Medical and sanitary report on the native army of Bombay for the year
Year: 1877
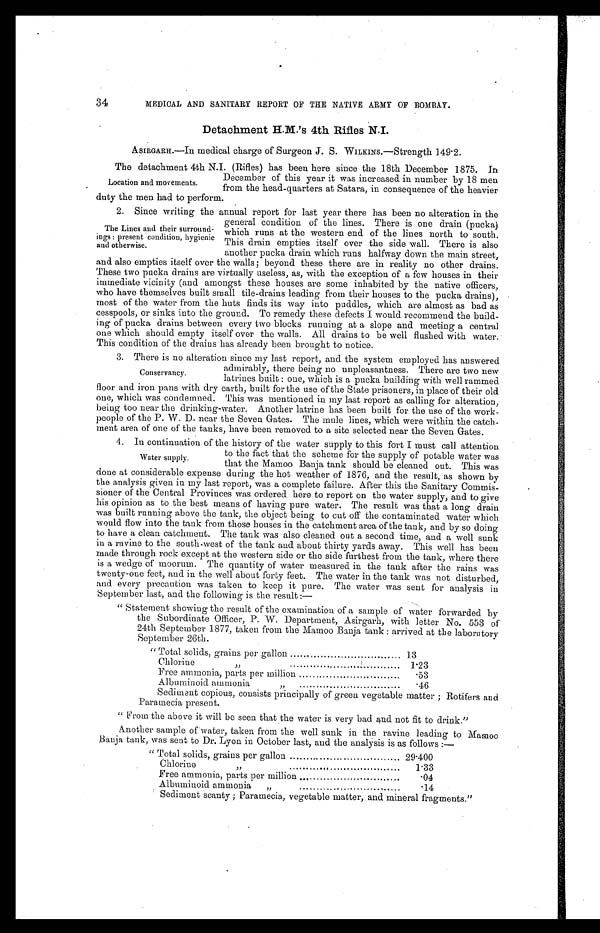
34
MEDICAL AND SANITARY REPORT OF THE NATIVE ARMY OF BOMBAY.
Detachment H.M.' 4th Rifles N.I.
ASIRGARH.—In medical charge of burgeon J. b. WILKINS.—Strength 149.2.
The detachment 4th N.I. (Rifles) has been here since the 18th December 1875. In
December of this year it was increased in number by 18 men
from the head-quarters at Satara, in consequence of the heavier
duty the men had to perform.
2. Since writing the annual report for last year there has been no alteration in the
general condition of the lines. There is one drain (pucka)
which runs at the western end of the lines north to south.
This drain empties itself over the side wall. There is also
another pucka drain which runs halfway down the main street,
and also empties itself over the walls; beyond these there are in reality no other drains.
These two pucka drains are virtually useless, as, with the exception of a few houses in their
immediate vicinity (and amongst these houses are some inhabited by the native officers,
who have themselves built small tile-drains leading from their houses to the pucka drains),
most of the water from the huts finds its way into puddles, which are almost as bad as
cesspools, or sinks into the ground. To remedy these defects I would recommend the build-
ing of pucka drains between every two blocks running at a slope and meeting a central
one which should empty itself over the walls. All drains to be well flushed with water.
This condition of the drains has already been brought to notice.
3. There is no alteration since my last report, and the system employed has answered
admirably, there being no unpleasantness. There are two new
latrines built: one, which is a pucka building with well rammed
floor and iron pans with dry earth, built for the use of the State prisoners, in place of their old
one, which was condemned. This was mentioned in my last report as calling for alteration,
being too near the drinking-water. Another latrine has been built for the use of the work-
people of the P. W. D. near the Seven Gates. The mule lines, which were within the catch-
ment area of one of the tanks, have been removed to a site selected near the Seven Gates.
4. In continuation of the history of the water supply to this fort I must call attention
to the fact that the scheme for the supply of potable water was
that the Mamoo Banja tank should be cleaned out. This was
done at considerable expense during the hot weather of 1876, and the result, as shown by
the analysis given in my last report, was a complete failure. After this the Sanitary Commis-
sioner of the Central Provinces was ordered here to report on the water supply, and to give
his opinion as to the best means of having pure water. The result was that a long drain
was built running above the tank, the object being to cut off the contaminated water which
would flow into the tank from those houses in the catchment area of the tank, and by so doing
to have a clean catchment. The tank was also cleaned out a second time, and a well sunk
in a ravine to the southwest of the tank and about thirty yards away. This well has been
made through rock except at the western side or the side furthest from the tank, where there
is a wedge of moorum. The quantity of water measured in the tank after the rains was
twenty-one feet, and in the well about forty feet. The water in the tank was not disturbed,
and every precaution was taken to keep it pure. The water was sent for analysis in.
September last, and the following is the result:—
"Statement showing the result of the examination of a sample of water forwarded by
the Subordinate Officer, P. W. Department, Asirgarh, with letter No. 553 of
24th September 1877, taken from the Mamoo Banja tank: arrived at the laboratory
September 26th.
"Total solids, grains per gallon
13
Chlorine,,
......................................
1.23
Free ammonia, parts per million
..53
Albuminoid ammonia
,,
. 46
Sediment copious, consists principally of green vegetable matter; Rotifers and
Paramecia present.
"From the above it will be seen that the water is very bad and not fit to drink."
Another sample of water, taken from the well sunk in the ravine leading to Mamoo
Bauja tank, was sent to Dr. Lyon in October last, and the analysis is as follows :—
" Total solids, grains per gallon
29.400
Chlorine
,,
c
1.33
Free ammonia, parts per million ...
.04
Albuminoid ammonia
„
.14
Sediment scanty; Paramecia, vegetable matter, and mineral fragments."
Location and movements.
The Lines and their surround-
ings: present condition, hygienic
and otherwise.
Conservancy.
Water supply.